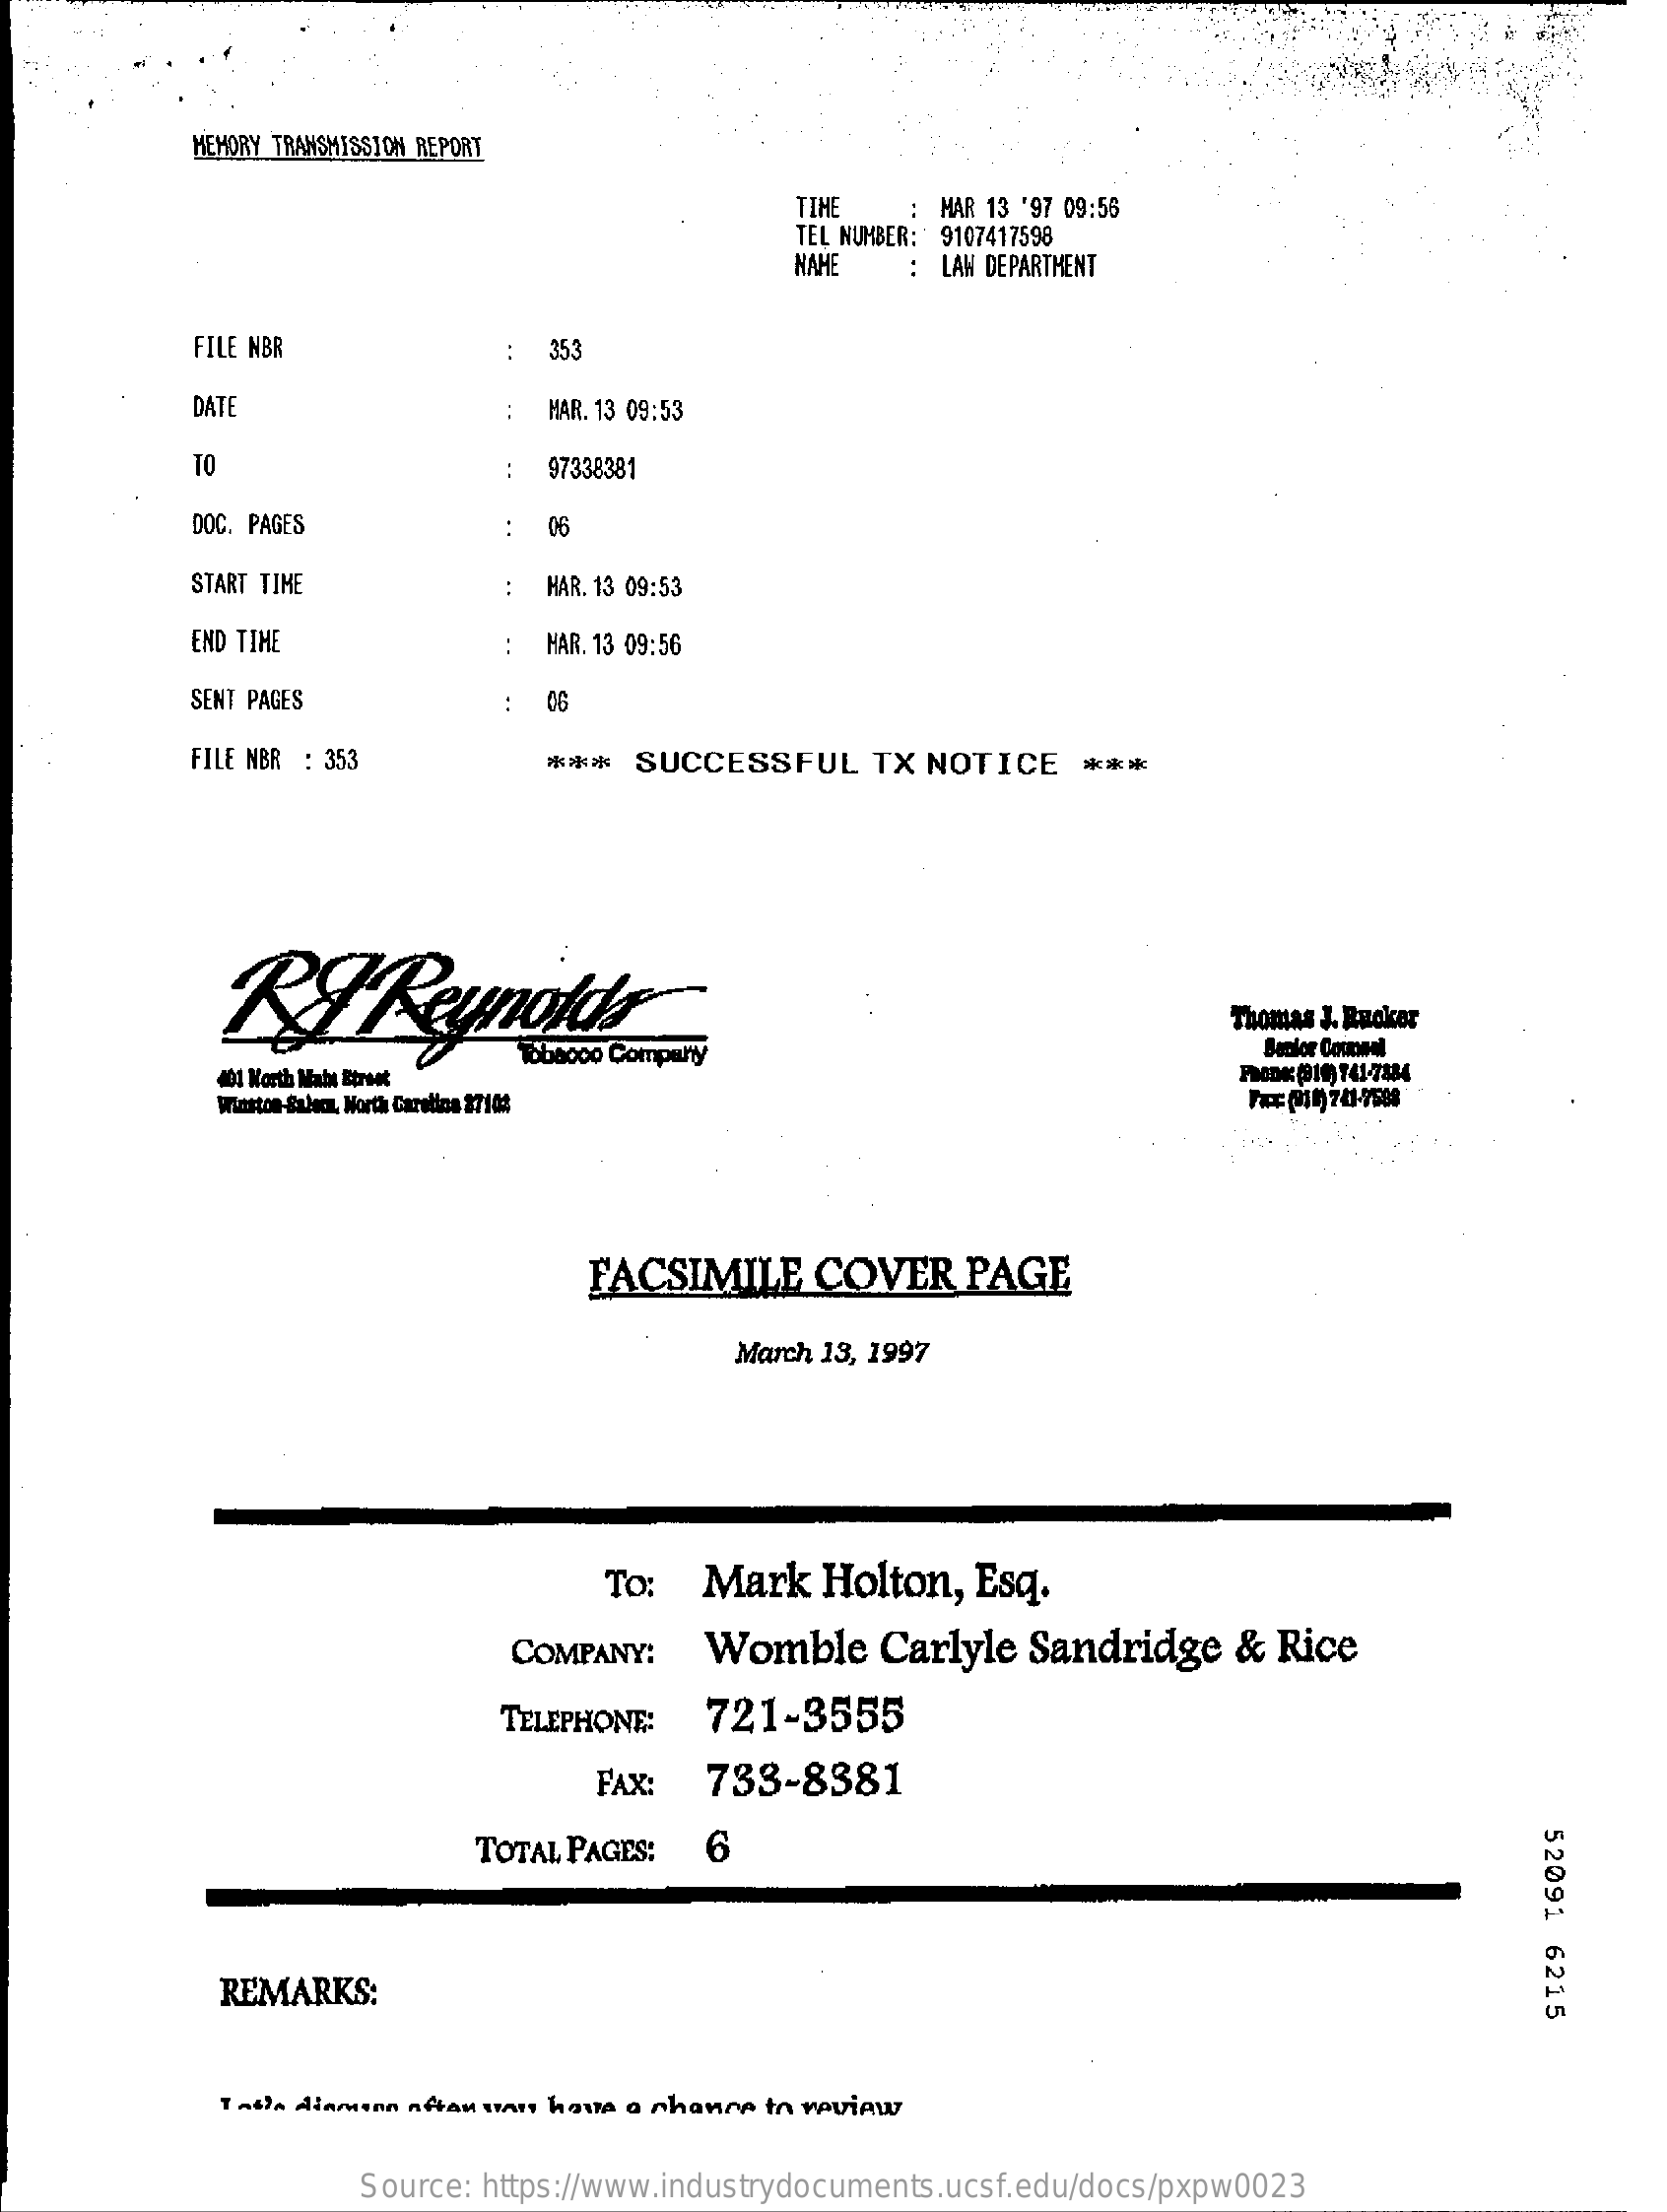
MEMORY TRANSMISSION REPORT
     MAR 13 '97 09:56
     TEL NUMBER: 9107417598
     TIHE
     NAME   : LAW DEPARTMENT
     FILE NBR    :  353
     DATE    : MAR. 13 09:53
     TO    :  97338381
     DOC. PAGES    : 06
     START TIME    : HAR. 13 09:53
     END TIME    : MAR. 13 09:56
     SENT PAGES    : 06
     FILE NBR : 353    ***  SUCCESSFUL    TX NOTICE    ***
     Thomas J. Rucker
     Senior Counsel
     401 Worth Mat Birest    FREDK (319) 141-7884
     winston-Suluca, North Carolina 27103    Fax (011) 741-7588
     FACSIMILE    COVER    PAGE
     March 13, 1997
     To:   Mark   Holton,   Esq.
     COMPANY:    Womble    Carlyle  Sandridge    &  Rice
     TELEPHONE:  721-3555
     FAX:  733-8381
     52091
     6215
     TOTAL PAGES:  6
     REMARKS:
     Tabla diamsan netan sans haus a chance to review
     Source: https://www.industrydocuments.ucsf.edu/docs/pxpw0023